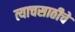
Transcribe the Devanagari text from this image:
त्याचसाठीचे